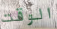
الوقت